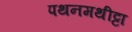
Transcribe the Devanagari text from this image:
पथनमथीट्टा